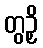
တွဉှိ